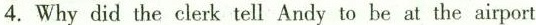
4.Why did the clerk tell Andy to be at the airport